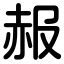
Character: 赧